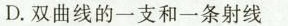
D.双曲线的一支和一条射线